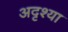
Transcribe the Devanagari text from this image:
अदृश्या